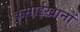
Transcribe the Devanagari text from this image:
कसाईख़ानों